Report on plague in the Punjab from October 1st ... to September 30th ..., being the ... season of plague in the province
Disease focus: Plague
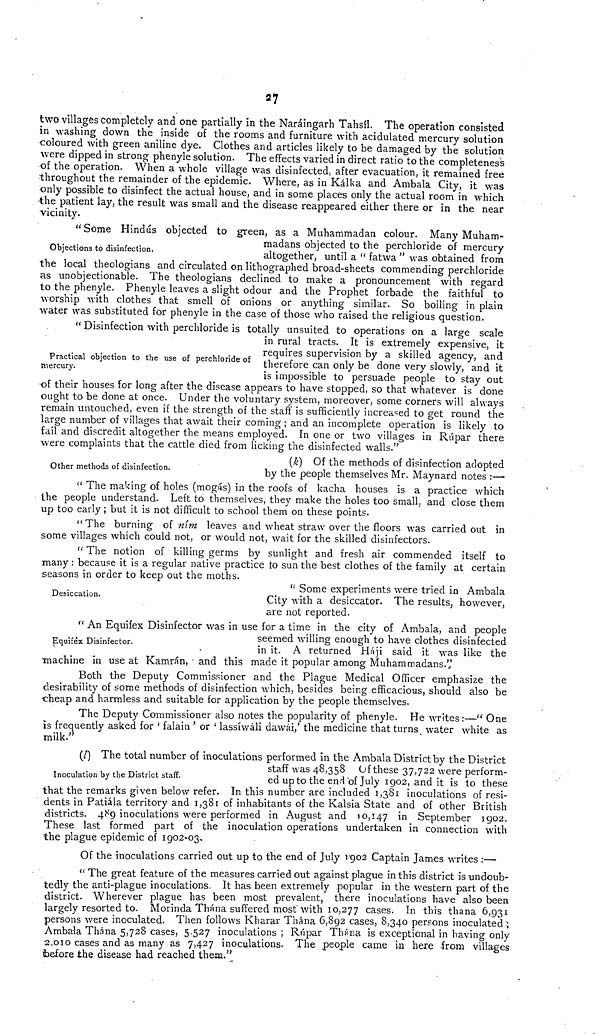
27
two villages completely and one partially in the Naráingarh Tahsíl. The operation consisted
in washing down the inside of the rooms and furniture with acidulated mercury solution
coloured with green aniline dye. Clothes and articles likely to be damaged by the solution
were dipped in strong phenyle solution. The effects varied in direct ratio to the completeness
of the operation. When a whole village was disinfected, after evacuation, it remained free
throughout the remainder of the epidemic. Where, as in Kálka and Ambala City, it was
only possible to disinfect the actual house, and in some places only the actual room in which
the patient lay, the result was small and the disease reappeared either there or in the near
vicinity.
Objections to disinfection.
"Some Hindus objected to green, as a Muhammadan colour. Many Muham-
madans objected to the perchloride of mercury
altogether, until a " fatwa " was obtained from
the local theologians and circulated on lithographed broad-sheets commending perchloride
as unobjectionable. The theologians declined to make a pronouncement with regard
to the phenyle. Phenyle leaves a slight odour and the Prophet forbade the faithful to
worship with clothes that smell of onions or anything similar. So boiling in plain
water was substituted for phenyle in the case of those who raised the religious question.
Practical objection to the use of perchloride of
mercury.
" Disinfection with perchloride is totally unsuited to operations on a large scale
in rural tracts. It is extremely expensive, it
requires supervision by a skilled agency, and
therefore can only be done very slowly, and it
is impossible to persuade people to stay out
of their houses for long after the disease appears to have stopped, so that whatever is done
ought to be done at once. Under the voluntary system, moreover, some corners will always
remain untouched, even if the strength of the staff is sufficiently increased to get round the
large number of villages that await their coming ; and an incomplete operation is likely to
fail and discredit altogether the means employed. In one or two villages in Rúpar there
were complaints that the cattle died from licking the disinfected walls."
Other methods of disinfection.
(k) Of the methods of disinfection adopted
by the people themselves Mr. Maynard notes :—
" The making of holes (mogás) in the roofs of kacha houses is a practice which
the people understand. Left to themselves, they make the holes too small, and close them
up too early ; but it is not difficult to school them on these points.
"The burning of nim leaves and wheat straw over the floors was carried out in
some villages which could not, or would not, wait for the skilled disinfectors.
" The notion of killing germs by sunlight and fresh air commended itself to
many : because it is a regular native practice to sun the best clothes of the family at certain
seasons in order to keep out the moths.
Desiccation.
" Some experiments were tried in Ambala
City with a desiccator. The results, however,
are not reported.
Equifêx Disinfector.
" An Eauifex Disinfector was in use for a time in the city of Ambala, and people
seemed willing enough to have clothes disinfected
in it. A returned Háji said it was like the
machine in use at Kamrán, and this made it popular among Muhammadans."
Both the Deputy Commissioner and the Plague Medical Officer emphasize the
desirability of some methods of disinfection which, besides being efficacious, should also be
cheap and harmless and suitable for application by the people themselves.
The Deputy Commissioner also notes the popularity of phenyle. He writes :—" One
is frequently asked for ' falain ' or ' lassíwáli dawái,' the medicine that turns water white as
milk."
Inoculation by the District staff.
(l) The total number of inoculations performed in the Ambala District by the District
staff was 48,350 Of these 37,722 were perform-
ed up to the end "of July 1902, and it is to these
that the remarks given below refer. In this number are included 1,381 inoculations of resi-
dents in Patiála territory and 1,381 of inhabitants of the Kalsia State and of other British
districts. 489 inoculations were performed in August and 10,147 in September 1902.
These last formed part of the inoculation operations undertaken in connection with
the plague epidemic of 1902-03.
Of the inoculations carried out up to the end of July 1902 Captain James writes :—
" The great feature of the measures carried out against plague in this district is undoub-
tedly the anti-plague inoculations. It has been extremely popular in the western part of the
district. Wherever plague has been most prevalent, there inoculations have also been
largely resorted to. Morinda Thána suffered most with 10,277 cases. In this thana 6,931
persons were inoculated. Then follows Kharar Thána 6,892 cases, 8,340 persons inoculated :;
Amba-la Thána 5,728 cases, 5.527 inoculations ; Rúpar Thána is exceptional in having only
2,010 cases and as many as 7,427 inoculations. The .people came in here from villages
before the disease had reached them.''